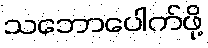
သဘောပေါက်ဖို့